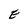
Character: E